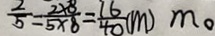
\frac { 2 } { 5 } = \frac { 2 \times 8 } { 5 \times 8 } = \frac { 1 6 } { 4 0 } ( m ) m .